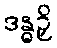
ဒန္ဓဉှိ